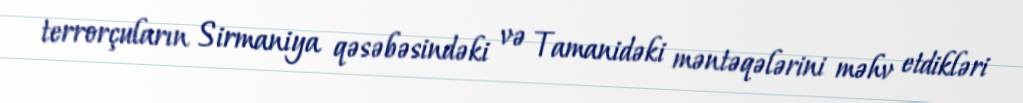
terrorçuların Sirmaniya qəsəbəsindəki və Tamanidəki məntəqələrini məhv etdikləri